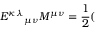
{ { \cal E } ^ { \kappa \lambda } } _ { \mu \nu } M ^ { \mu \nu } = \frac { 1 } { 2 } (